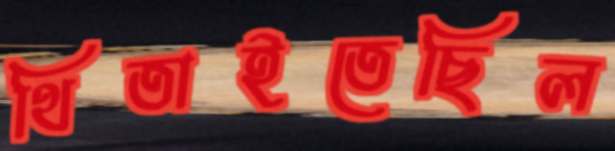
থিতাইতেছিল